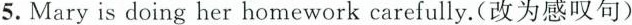
5. Mary is doing her homework carefully. (改为感叹句)